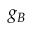
g _ { B }